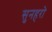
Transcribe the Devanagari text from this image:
सुनहरो